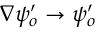
\nabla \psi _ { o } ^ { \prime } \rightarrow \psi _ { o } ^ { \prime }